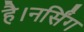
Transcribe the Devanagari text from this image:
है।नर्सिंग